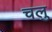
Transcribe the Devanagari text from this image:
चलु